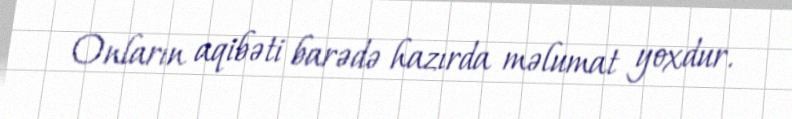
Onların aqibəti barədə hazırda məlumat yoxdur.